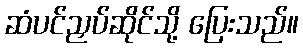
ဆံပင်ညှပ်ဆိုင်သို့ ပြေးသည်။